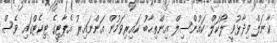
ކާނަލް ވިދާޅުވީ ލޯކަލް ކައުންސިލް އިންތިޚާބު ކައިރިވަމުން އަންނައިރު އެޕާޓީގެ ޓިކެޓްގައި ވެސް